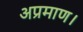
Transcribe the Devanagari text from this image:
अप्रमाण।